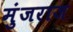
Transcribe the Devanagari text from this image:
मुंजराज